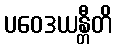
ပဝေဒယန္တီတိ